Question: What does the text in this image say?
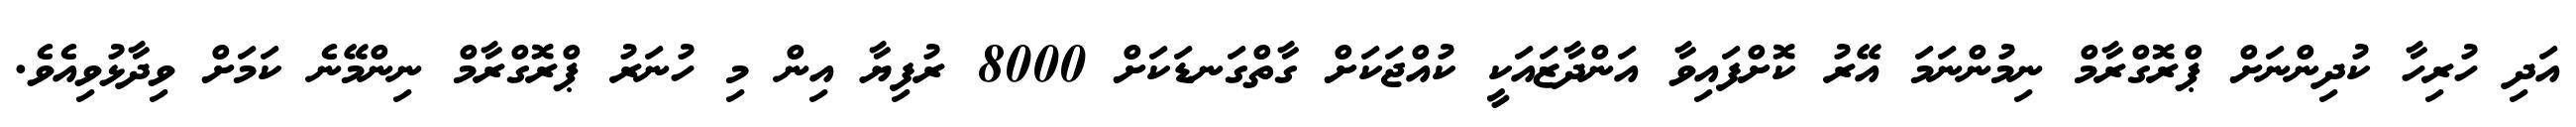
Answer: އަދި ހުރިހާ ކުދިންނަށް ޕްރޮގްރާމް ނިމުންނަމަ އޭރު ކޮށްފައިވާ އަންދާޒައަކީ ކުއްޖަކަށް ގާތްގަނޑަކަށް 8000 ރުފިޔާ އިން މި ހުނަރު ޕްރޮގްރާމް ނިންމޭނެ ކަމަށް ވިދާޅުވިއެވެ.